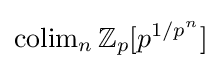
\operatorname {colim} \limits _{n}\mathbb {Z} _{p}[p^{1/p^{n}}]